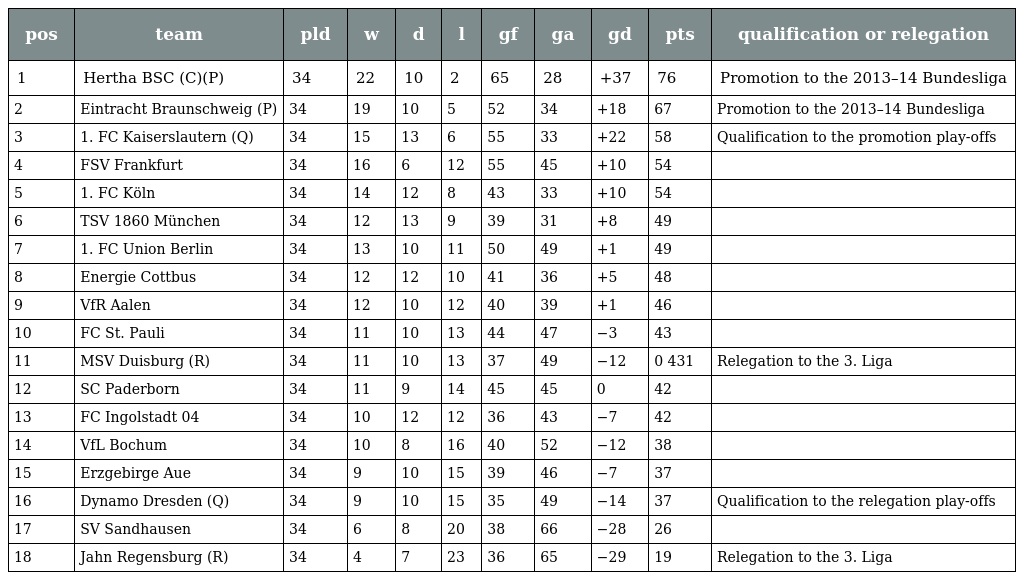
| pos | team | pld | w | d | l | gf | ga | gd | pts | qualification or relegation |
 | --- | --- | --- | --- | --- | --- | --- | --- | --- | --- | --- |
 | 1 | Hertha BSC (C)(P) | 34 | 22 | 10 | 2 | 65 | 28 | +37 | 76 | Promotion to the 2013–14 Bundesliga |
 | 2 | Eintracht Braunschweig (P) | 34 | 19 | 10 | 5 | 52 | 34 | +18 | 67 | Promotion to the 2013–14 Bundesliga |
 | 3 | 1. FC Kaiserslautern (Q) | 34 | 15 | 13 | 6 | 55 | 33 | +22 | 58 | Qualification to the promotion play-offs |
 | 4 | FSV Frankfurt | 34 | 16 | 6 | 12 | 55 | 45 | +10 | 54 |  |
 | 5 | 1. FC Köln | 34 | 14 | 12 | 8 | 43 | 33 | +10 | 54 |  |
 | 6 | TSV 1860 München | 34 | 12 | 13 | 9 | 39 | 31 | +8 | 49 |  |
 | 7 | 1. FC Union Berlin | 34 | 13 | 10 | 11 | 50 | 49 | +1 | 49 |  |
 | 8 | Energie Cottbus | 34 | 12 | 12 | 10 | 41 | 36 | +5 | 48 |  |
 | 9 | VfR Aalen | 34 | 12 | 10 | 12 | 40 | 39 | +1 | 46 |  |
 | 10 | FC St. Pauli | 34 | 11 | 10 | 13 | 44 | 47 | −3 | 43 |  |
 | 11 | MSV Duisburg (R) | 34 | 11 | 10 | 13 | 37 | 49 | −12 | 0 431 | Relegation to the 3. Liga |
 | 12 | SC Paderborn | 34 | 11 | 9 | 14 | 45 | 45 | 0 | 42 |  |
 | 13 | FC Ingolstadt 04 | 34 | 10 | 12 | 12 | 36 | 43 | −7 | 42 |  |
 | 14 | VfL Bochum | 34 | 10 | 8 | 16 | 40 | 52 | −12 | 38 |  |
 | 15 | Erzgebirge Aue | 34 | 9 | 10 | 15 | 39 | 46 | −7 | 37 |  |
 | 16 | Dynamo Dresden (Q) | 34 | 9 | 10 | 15 | 35 | 49 | −14 | 37 | Qualification to the relegation play-offs |
 | 17 | SV Sandhausen | 34 | 6 | 8 | 20 | 38 | 66 | −28 | 26 |  |
 | 18 | Jahn Regensburg (R) | 34 | 4 | 7 | 23 | 36 | 65 | −29 | 19 | Relegation to the 3. Liga |